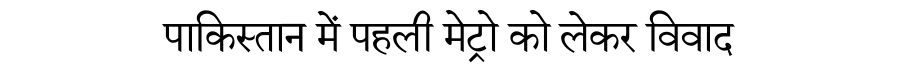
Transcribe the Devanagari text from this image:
पाकिस्तान में पहली मेट्रो को लेकर विवाद